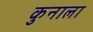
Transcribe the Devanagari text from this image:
कुनाला